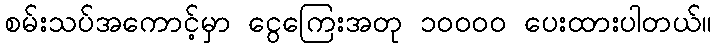
စမ်းသပ်အကောင့်မှာ ငွေကြေးအတု ၁၀၀၀၀ ပေးထားပါတယ်။